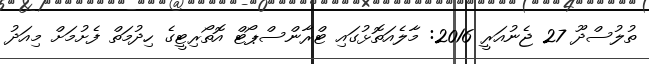
ތުލުސްދޫ 27 ޖެނުއަރީ 2016: މާލެއަތޮޅުގައި ޓްރާންސްޕޯޓް އޮތޯރިޓީގެ ހިދުމަތް ފެށުމަށް މިއަދު